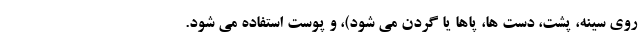
روی سینه، پشت، دست ها، پاها یا گردن می شود)، و پوست استفاده می شود.